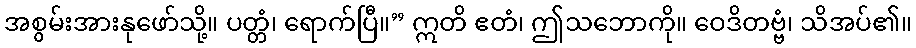
အစွမ်းအားနုဖော်သို့။ ပတ္တံ၊ ရောက်ပြီ။” ဣတိ ဧတံ၊ ဤသဘောကို။ ဝေဒိတဗ္ဗံ၊ သိအပ်၏။